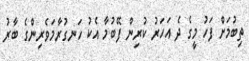
ތިބުމަށް ފަހު މީގެ ދެ އަހަރު ކުރިން ފޭބުމާ އެކު ހަނގުރާމަވެރިންގެ ބާރު